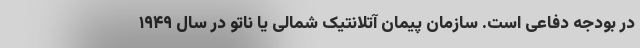
در بودجه دفاعی است. سازمان پیمان آتلانتیک شمالی یا ناتو در سال ۱۹۴۹